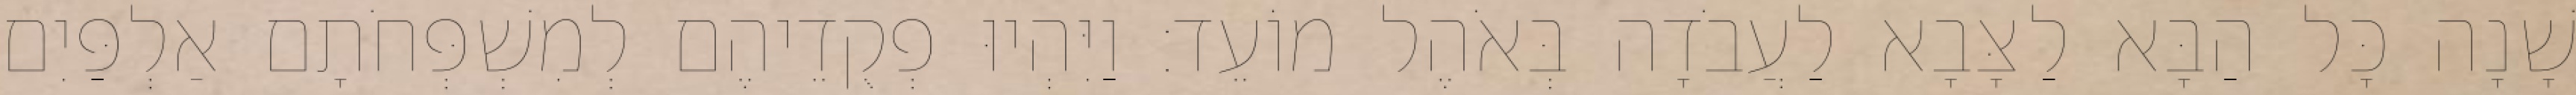
שָׁנָה כָּל הַבָּא לַצָּבָא לַעֲבֹדָה בְּאֹהֶל מוֹעֵד׃ וַיִּהְיוּ פְקֻדֵיהֶם לְמִשְׁפְּחֹתָם אַלְפַּיִם